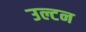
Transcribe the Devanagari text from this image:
उल्टन